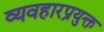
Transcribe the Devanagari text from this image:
व्यवहारप्रयुक्त